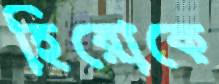
হিরোকে